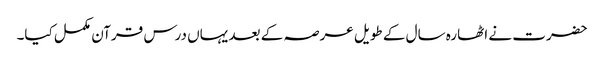
حضرت نے اٹھارہ سال کے طویل عرصہ کے بعد یہاں درس قرآن مکمل کیا۔